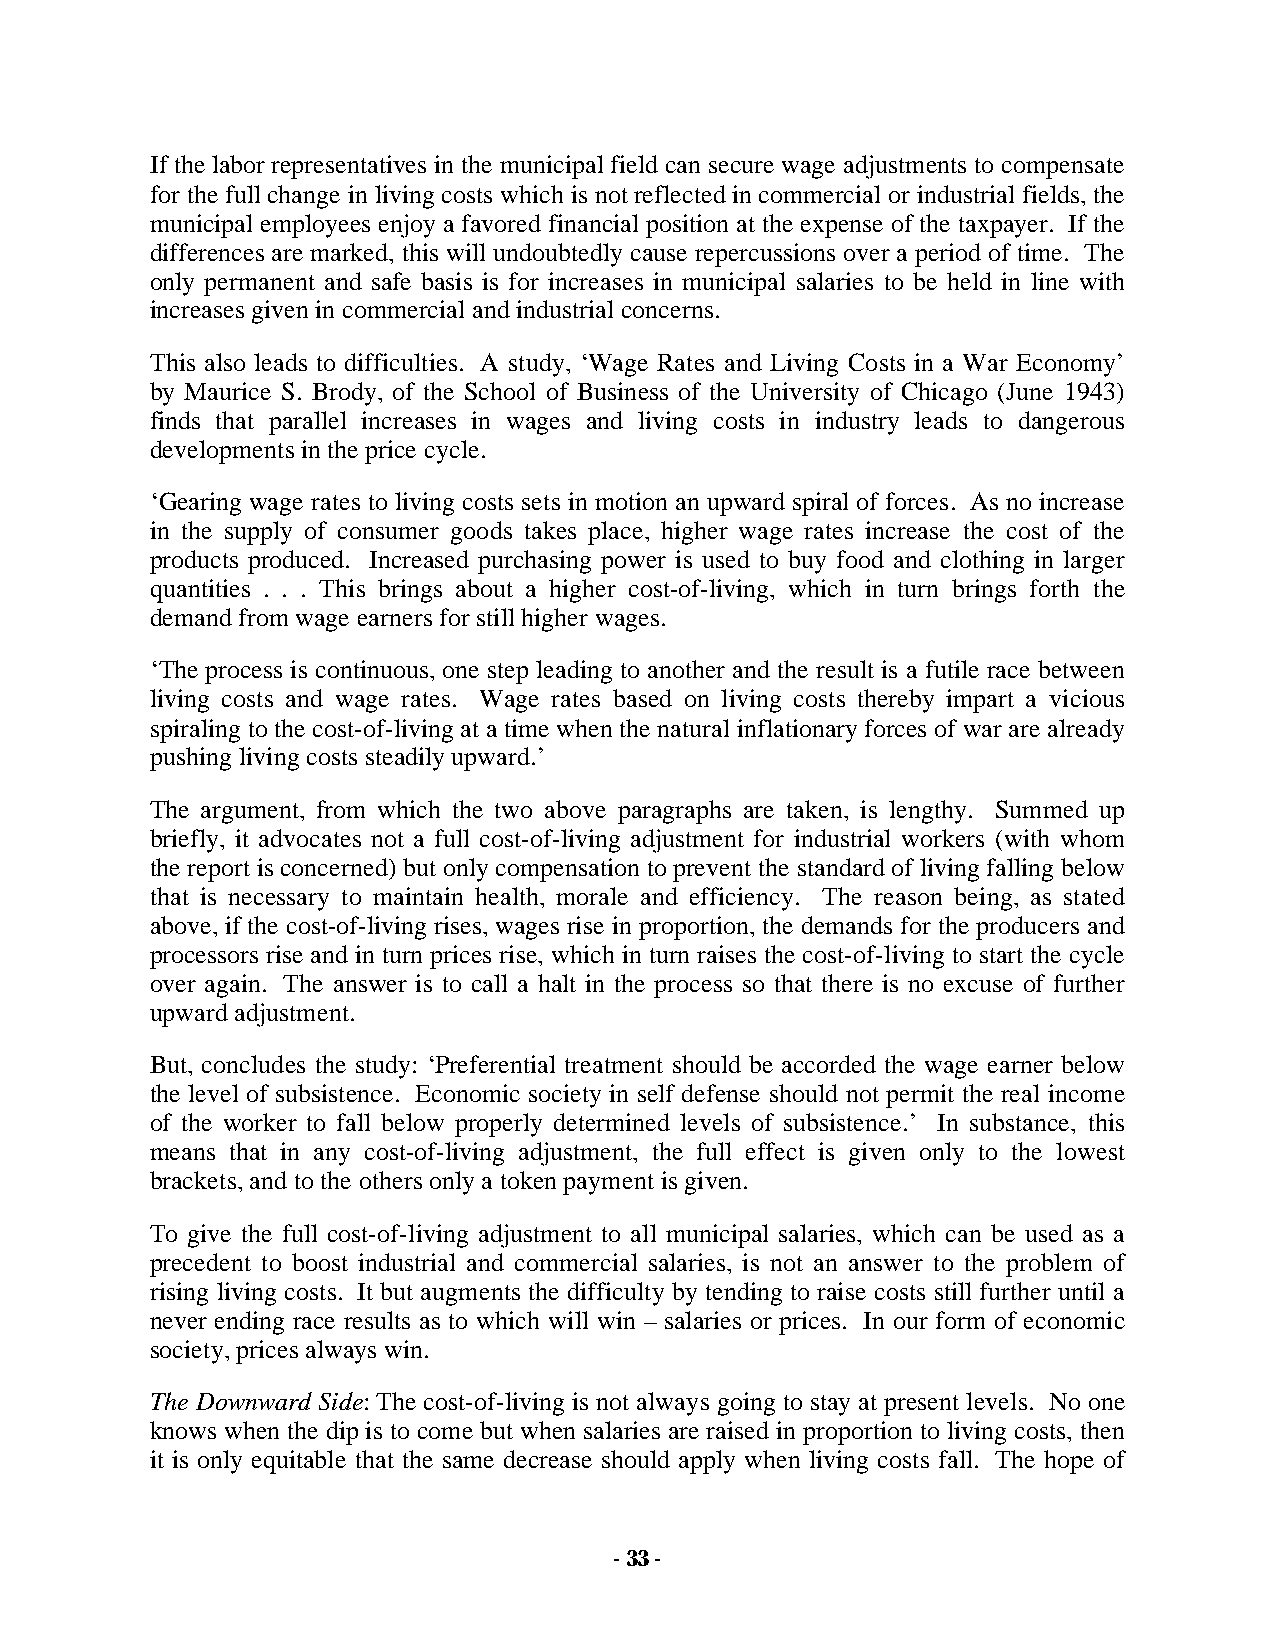
If the labor representatives in the municipal field can secure wage adjustments to compensate
 for the full change in living costs which is not reflected in commercial or industrial fields, the
 municipal employees enjoy a favored financial position at the expense of the taxpayer. If the
 differences are marked, this will undoubtedly cause repercussions over a period of time. The
 only permanent and safe basis is for increases in municipal salaries to be held in line with
 increases given in commercial and industrial concerns.
 This also leads to difficulties. A study, ‘Wage Rates and Living Costs in a War Economy’
 by Maurice S. Brody, of the School of Business of the University of Chicago (June 1943)
 finds that parallel increases in wages and living costs in industry leads to dangerous
 developments in the price cycle.
 ‘Gearing wage rates to living costs sets in motion an upward spiral of forces. As no increase
 in the supply of consumer goods takes place, higher wage rates increase the cost of the
 products produced. Increased purchasing power is used to buy food and clothing in larger
 quantities . . . This brings about a higher cost-of-living, which in turn brings forth the
 demand from wage earners for still higher wages.
 ‘The process is continuous, one step leading to another and the result is a futile race between
 living costs and wage rates. Wage rates based on living costs thereby impart a vicious
 spiraling to the cost-of-living at a time when the natural inflationary forces of war are already
 pushing living costs steadily upward.’
 The argument, from which the two above paragraphs are taken, is lengthy. Summed up
 briefly, it advocates not a full cost-of-living adjustment for industrial workers (with whom
 the report is concerned) but only compensation to prevent the standard of living falling below
 that is necessary to maintain health, morale and efficiency. The reason being, as stated
 above, if the cost-of-living rises, wages rise in proportion, the demands for the producers and
 processors rise and in turn prices rise, which in turn raises the cost-of-living to start the cycle
 over again. The answer is to call a halt in the process so that there is no excuse of further
 upward adjustment.
 But, concludes the study: ‘Preferential treatment should be accorded the wage earner below
 the level of subsistence. Economic society in self defense should not permit the real income
 of the worker to fall below properly determined levels of subsistence.’ In substance, this
 means that in any cost-of-living adjustment, the full effect is given only to the lowest
 brackets, and to the others only a token payment is given.
 To give the full cost-of-living adjustment to all municipal salaries, which can be used as a
 precedent to boost industrial and commercial salaries, is not an answer to the problem of
 rising living costs. It but augments the difficulty by tending to raise costs still further until a
 never ending race results as to which will win – salaries or prices. In our form of economic
 society, prices always win.
 The Downward Side: The cost-of-living is not always going to stay at present levels. No one
 knows when the dip is to come but when salaries are raised in proportion to living costs, then
 it is only equitable that the same decrease should apply when living costs fall. The hope of
 - 33 -